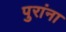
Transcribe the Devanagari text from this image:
पुरांना